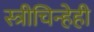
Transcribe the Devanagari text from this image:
स्त्रीचिन्हेही